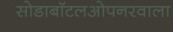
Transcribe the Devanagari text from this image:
सोडाबॉटलओपनरवाला